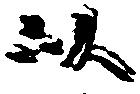
以